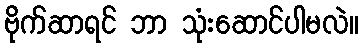
ဗိုက်ဆာရင် ဘာ သုံးဆောင်ပါမလဲ။